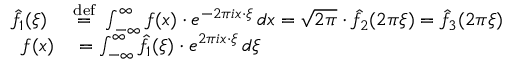
\begin{array} { r l } { { \hat { f } } _ { 1 } ( \xi ) \ } & { { } { \stackrel { \mathrm { d e f } } { = } } \ \int _ { - \infty } ^ { \infty } f ( x ) \cdot e ^ { - 2 \pi i x \cdot \xi } \, d x = { \sqrt { 2 \pi } } \cdot { \hat { f } } _ { 2 } ( 2 \pi \xi ) = { \hat { f } } _ { 3 } ( 2 \pi \xi ) } \\ { f ( x ) } & { { } = \int _ { - \infty } ^ { \infty } { \hat { f } } _ { 1 } ( \xi ) \cdot e ^ { 2 \pi i x \cdot \xi } \, d \xi } \end{array}